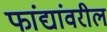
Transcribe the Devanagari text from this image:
फांद्यांवरील